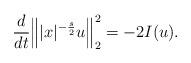
LaTeX: \begin{align*}\frac{d}{dt}\Big\||x|^{-\frac s2}u\Big\|_2^2=-2I(u).\end{align*}